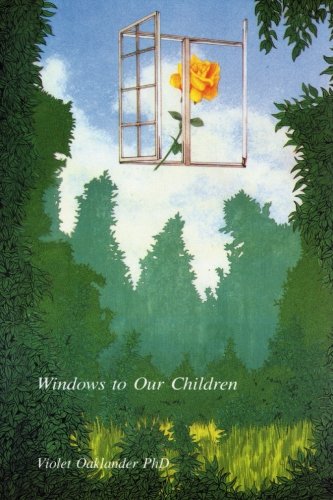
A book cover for Windows to Our Children: A Gestalt Therapy Approach to Children and Adolescents; Violet Oaklander Ph.D.; Education & Teaching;